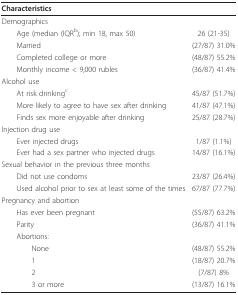
| Characteristics |  |
 | --- | --- |
 | Demographics |  |
 | Age (median (IQRb); min 18, max 50) | 26 (21-35) |
 | Married | (27/87) 31.0% |
 | Completed college or more | (48/87) 55.2% |
 | Monthly income < 9,000 rubles | (36/87) 41.4% |
 | Alcohol use |  |
 | At risk drinkingc | 45/87 (51.7%) |
 | More likely to agree to have sex after drinking | 41/87 (47.1%) |
 | Finds sex more enjoyable after drinking | 25/87 (28.7%) |
 | Injection drug use |  |
 | Ever injected drugs | 1/87 (1.1%) |
 | Ever had a sex partner who injected drugs | 14/87 (16.1%) |
 | Sexual behavior in the previous three months |  |
 | Did not use condoms | 23/87 (26.4%) |
 | Used alcohol prior to sex at least some of the times | 67/87 (77.7%) |
 | Pregnancy and abortion |  |
 | Has ever been pregnant | (55/87) 63.2% |
 | Parity | (36/87) 41.1% |
 | Abortions: |  |
 | None | (48/87) 55.2% |
 | 1 | (18/87) 20.7% |
 | 2 | (7/87) 8% |
 | 3 or more | (13/87) 16.1% |